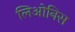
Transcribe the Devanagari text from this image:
लिओनिस